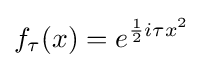
f_{\tau }(x)=e^{{\frac {1}{2}}i\tau x^{2}}